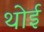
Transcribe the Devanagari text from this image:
थोई